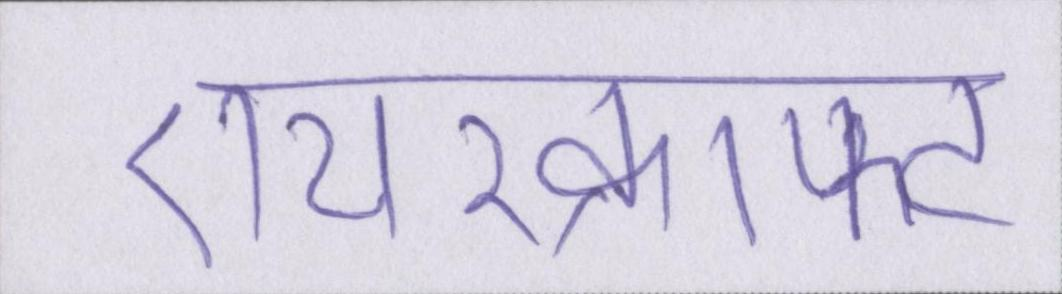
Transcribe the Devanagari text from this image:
एयरक्राफ्ट